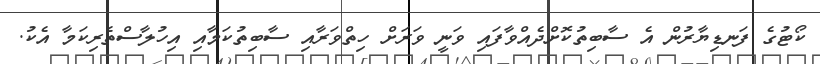
ކޯޓުގެ ފަނޑިޔާރުން އެ ސާބިތުކޮށްދެއްވާފައި ވަނީ ވަރަށް ހިތްވަރާއި ސާބިތުކަމާއި އިހުލާސްތެރިކަމާ އެކު.